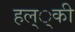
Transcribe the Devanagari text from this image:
हल््की